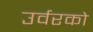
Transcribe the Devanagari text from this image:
उर्वरको